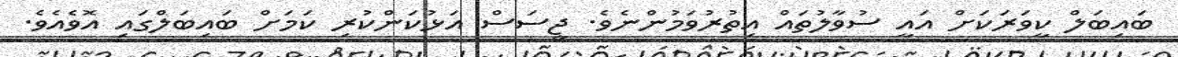
ބައިބަލް ކީވަރަކަށް އައީ ސުވާލުތައް އިތުރުވަމުންނެވެ. ޖީސަސް އަޅުކަންކުރި ކަމަށް ބައިބަލްގައި އޮވެއެވެ.